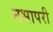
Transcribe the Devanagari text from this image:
नभापरी